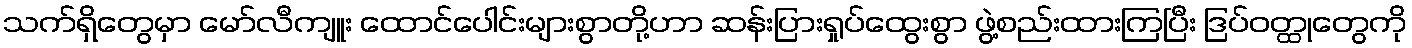
သက်ရှိတွေမှာ မော်လီကျူး ထောင်ပေါင်းများစွာတို့ဟာ ဆန်းပြားရှုပ်ထွေးစွာ ဖွဲ့စည်းထားကြပြီး ဒြပ်ဝတ္ထုတွေကို